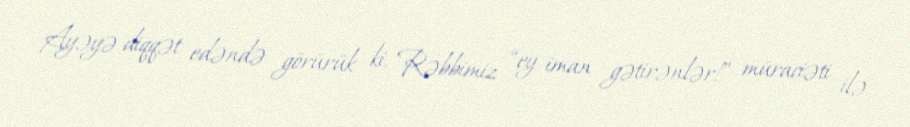
Ayəyə diqqət edəndə görürük ki, Rəbbimiz “ey iman gətirənlər!” müraciəti ilə